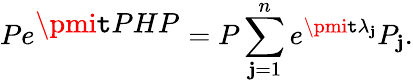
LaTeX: Pe^{\textstyle\pmi\mathtt{t}PHP}=P\sum_{\mathbf{j}=1}^{n}e^{\pmi\mathtt{t}{\lambda}_{\mathbf{j}}}P_{\mathbf{j}}.